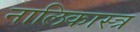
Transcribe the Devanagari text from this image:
नालिकास्‍त्र